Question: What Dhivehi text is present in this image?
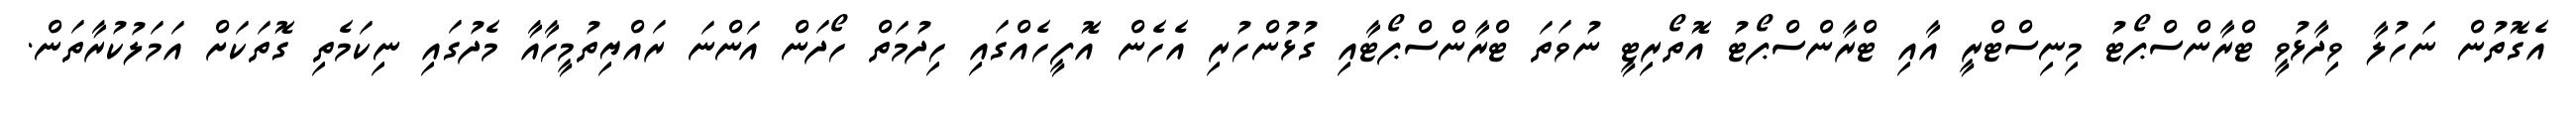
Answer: އެގޮތުން ނަހުލާ ވިދާޅުވީ ޓްރާންސްޕޯޓު މިނިސްޓްރީ އާއި ޓްރާންސްޕޯޓު އޮތޯރިޓީ ނުވަތަ ޓްރާންސްޕޯޓާއި ގުޅުންހުރި އެހެން އޮފީހެއްގައި ހިދުމަތް ހޯދަން އަންނަ ރައްޔިތުމީހާއާ މެދުގައި ނިކަމެތި ގޮތަކަށް އަމަލުކުރާތަން.